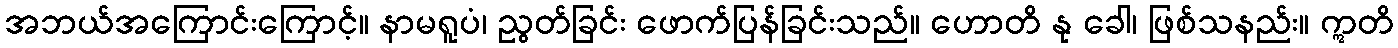
အဘယ်အကြောင်းကြောင့်။ နာမရူပံ၊ ညွတ်ခြင်း ဖောက်ပြန်ခြင်းသည်။ ဟောတိ နု ခေါ၊ ဖြစ်သနည်း။ ဣတိ